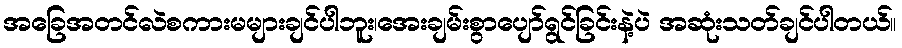
အခြေအတင်လဲစကားမများချင်ပါဘူး၊အေးချမ်းစွာပျော်ရွင်ခြင်းနဲ့ပဲ အဆုံးသတ်ချင်ပါတယ်။